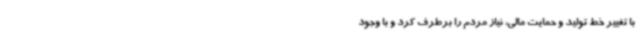
با تغییر خط تولید و حمایت مالی، نیاز مردم را برطرف کرد و با وجود